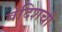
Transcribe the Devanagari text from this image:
बंदिशची